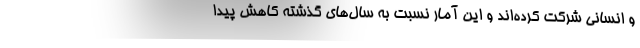
و انسانی شرکت کرده‌اند و این آمار نسبت به سال‌های گذشته کاهش پیدا